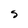
Character: S